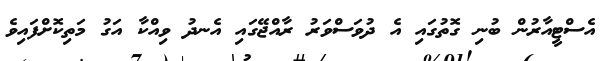
އެސްޓީއާރުން ބުނި ގޮތުގައި އެ ދުވަސްވަރު ރާއްޖޭގައި އެނދު ވިއްކާ އަގު މަތިކޮށްފައިވެ